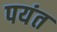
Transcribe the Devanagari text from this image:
पयंत